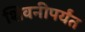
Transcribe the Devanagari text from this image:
शिवनीपर्यंत